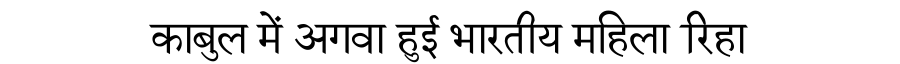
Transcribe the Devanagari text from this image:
काबुल में अगवा हुई भारतीय महिला रिहा